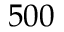
5 0 0